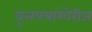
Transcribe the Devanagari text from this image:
वृत्तपत्रांखेरीज